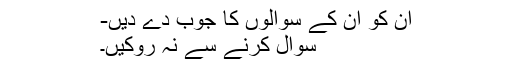
ان کو ان کے سوالوں کا جوب دے دیں-
سوال کرنے سے نہ روکیں۔